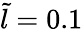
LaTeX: \tilde{l}=0.1